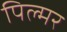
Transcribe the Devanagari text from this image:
पिल्मर